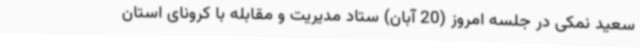
سعید نمکی در جلسه امروز (20 آبان) ستاد مدیریت و مقابله با کرونای استان